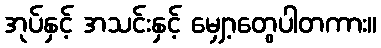
အုပ်နှင့် အသင်းနှင့် မျှော့တွေပါတကား။